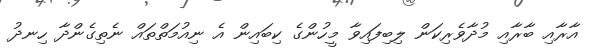
އާރާއި ބާރާއި މުދާވެރިކަން ލިބިފައިވާ މީހުންގެ ކިބައިން އެ ނިއުމަތްތައް ނެތިގެންދާ ހިނދު